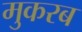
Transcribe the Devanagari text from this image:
मुकरब